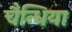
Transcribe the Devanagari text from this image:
चैन्धिया